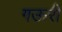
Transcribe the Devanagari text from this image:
गऊरी